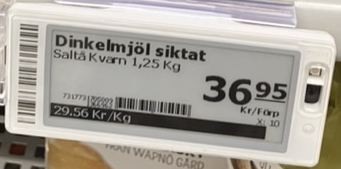
Vara: Dinkelmjöl siktat
Genomsnittspris: 29.56 per kg